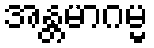
အန္တမာဂမ္မ